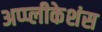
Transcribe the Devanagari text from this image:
अप्प्लीकेशंस